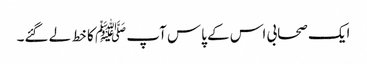
ایک صحابی اس کے پاس آپ ﷺ کا خط لے گئے۔